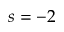
s = - 2